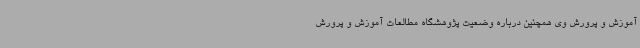
آموزش و پرورش وی همچنین درباره وضعیت پژوهشگاه مطالعات آموزش و پرورش